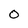
Character: 0